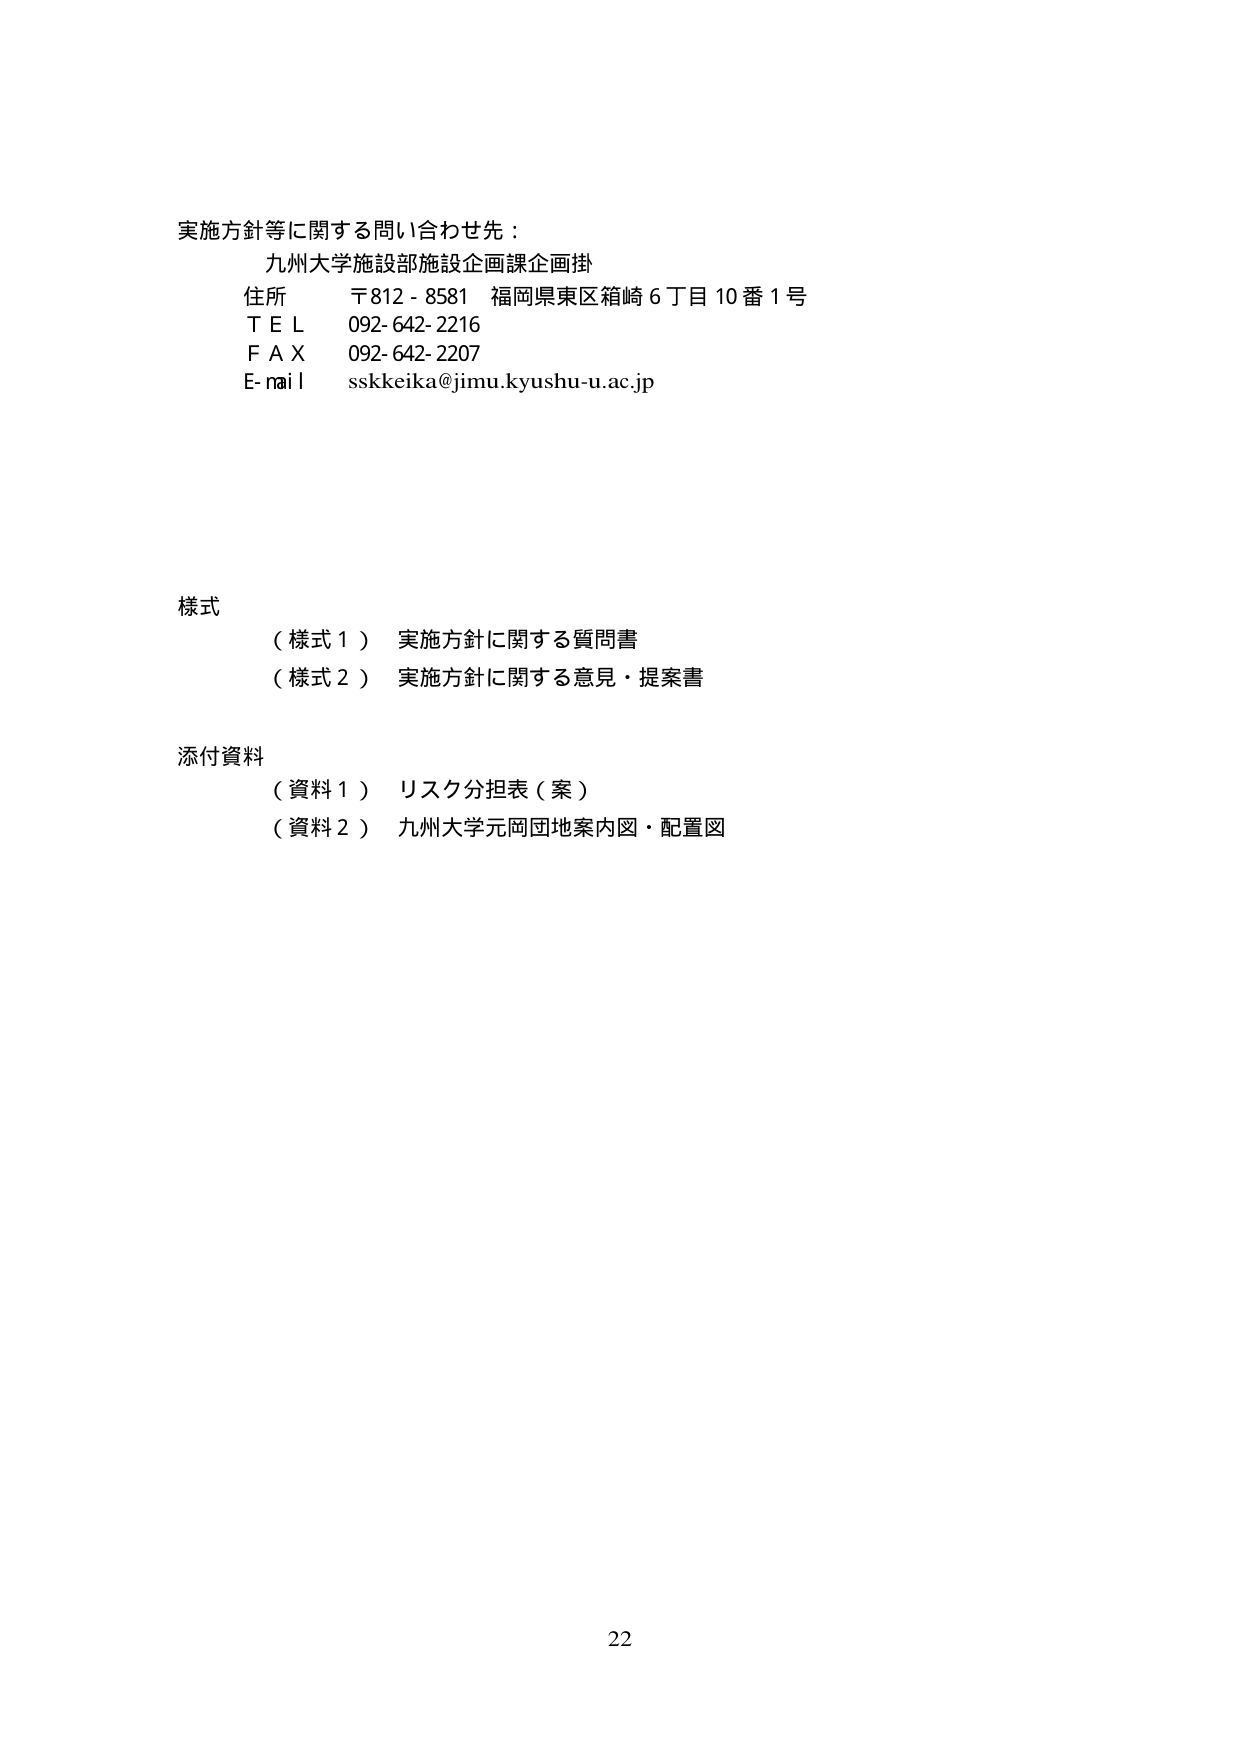
実施方針等に関する問い合わせ先：
九州大学施設部施設企画課企画掛
住所　〒812-8581　福岡県東区箱崎6丁目10番1号
ＴＥＬ　092-642-2216
ＦＡＸ　092-642-2207
E-mail　sskkeika@jimu.kyushu-u.ac.jp

様式
（様式1）　実施方針に関する質問書
（様式2）　実施方針に関する意見・提案書

添付資料
（資料1）　リスク分担表（案）
（資料2）　九州大学元岡団地案内図・配置図

22